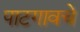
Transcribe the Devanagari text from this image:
पाटगावचे